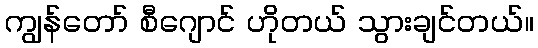
ကျွန်တော် စီဂျောင် ဟိုတယ် သွားချင်တယ်။